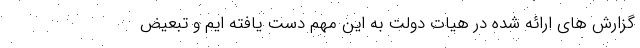
گزارش های ارائه شده در هیات دولت به این مهم دست یافته ایم و تبعیض